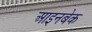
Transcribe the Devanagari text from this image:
आइनबेक